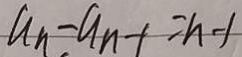
a _ { n } - a _ { n - 1 } = n + 1